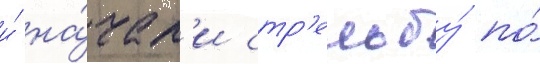
и́ на́чал'и стр'ельбу́ по́